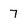
Character: 7